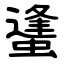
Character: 䗬